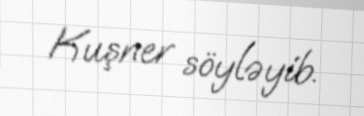
Kuşner söyləyib.